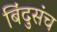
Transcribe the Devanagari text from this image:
बिंदुसंच